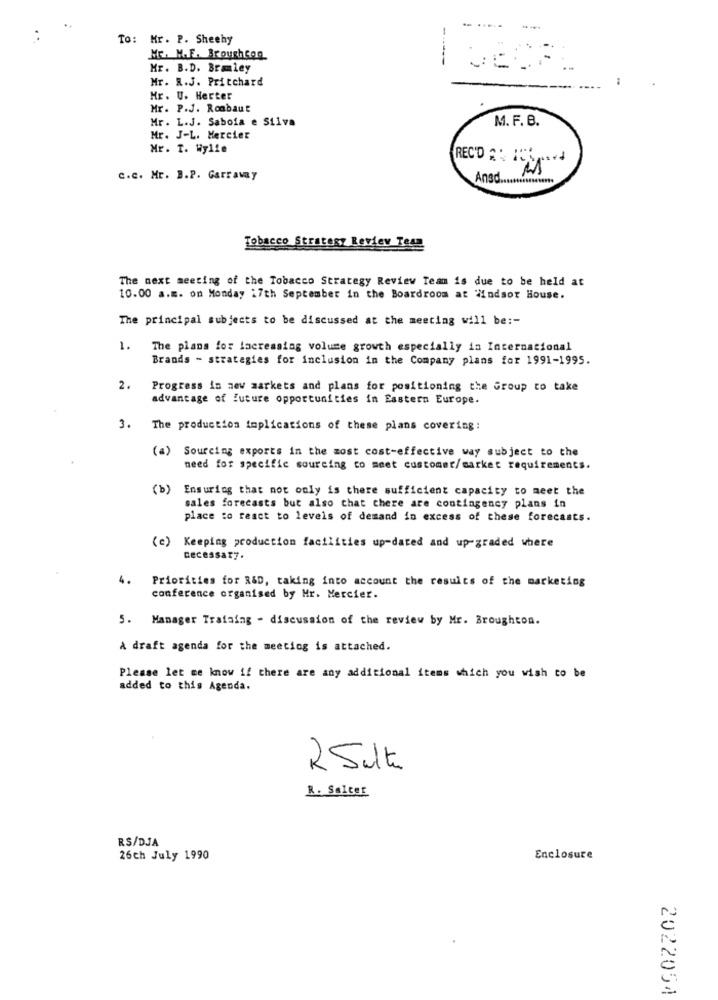
To: Mr. P. Sheehy
ME. M.F. Broughcon
------
Mr. B.D. Bramley
Mr. R.J. Pritchard
Mr. U. Herter
Mr. P.J. Roabaut
Mr . L.J. Saboia e Silva
M. F. B.
Mr. J-L. Mercier
Mr. T. Wylie
REC'D 2 .
c.c. Mr. B.P. Garraway
Ansd ....... essesents
Tobacco Stratesy Review Team
The next meeting of the Tobacco Strategy Review Team is due to be held at
10.00 a.m. on Monday 27th September in the Boardroom at Windsor House.
The principal subjects to be discussed at the meeting will be :-
1.
The plans for increasing volume growth especially in Internacional
Brands - strategies for inclusion in the Company plans for 1991-1995.
2.
Progress in new markets and plans for positioning the Group to take
advantage of future opportunities in Eastern Europe.
3.
The production implications of these plans covering:
(a) Sourcing exports in the most cost-effective way subject to the
need for specific sourcing to meet customer/market requirements.
(b)
Ensuring that not only is there sufficient capacity to meet the
sales forecasts but also that there are contingency plans in
place to react to levels of demand in excess of these forecasts.
(c )
Keeping production facilities up-dated and up-graded where
necessary.
4.
Priorities for R&D, taking into account the results of the marketing
conference organised by Mr. Mercier.
5. Manager Trafaing - discussion of the review by Mr. Broughton.
A draft agenda for the meeting is attached.
Please let me know if there are any additional items which you wish to be
added to this Agenda.
25lt
R. Salter
RS/DJA
26ch July 1990
Enclosure
2022054